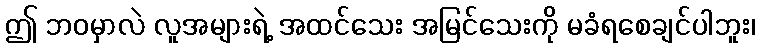
ဤ ဘဝမှာလဲ လူအများရဲ့ အထင်သေး အမြင်သေးကို မခံရစေချင်ပါဘူး၊